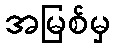
အမြစ်မှ